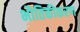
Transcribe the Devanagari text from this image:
भौतिकीकरण